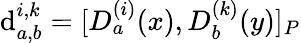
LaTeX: \mathrm{d}_{a,b}^{i,k}=[D_{a}^{(i)}(x),D_{b}^{(k)}(y)]_{P}